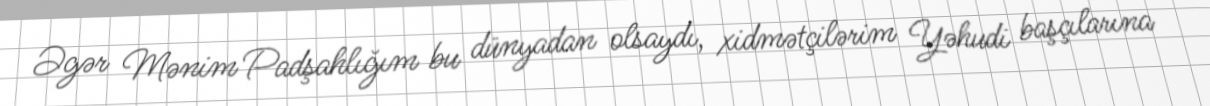
Əgər Mənim Padşahlığım bu dünyadan olsaydı, xidmətçilərim Yəhudi başçılarına